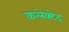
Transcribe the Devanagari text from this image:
कलेक्टेद